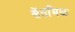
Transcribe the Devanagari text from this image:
सेंतमिळ